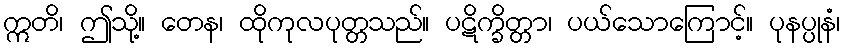
ဣတိ၊ ဤသို့။ တေန၊ ထိုကုလပုတ္တသည်။ ပဋိက္ခိတ္တာ၊ ပယ်သောကြောင့်။ ပုနပ္ပုနံ၊